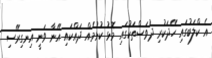
އެ ކްލަބުގައި ހޭދަކުރި ދުވަސްތަކުގައި މޮޅު ކުޅުމެއް ދައްކައި އޭނާ ވަނީ އިނގިރޭސި